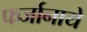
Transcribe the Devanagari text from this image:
फर्जानाये